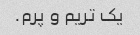
یک تریم و پرم.